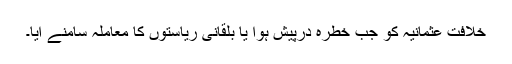
خلافت عثمانیہ کو جب خطرہ درپیش ہوا یا بلقانی ریاستوں کا معاملہ سامنے آیا۔